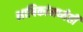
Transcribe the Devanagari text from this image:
भाषिकांमध्येही